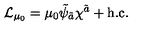
{ \cal L } _ { \mu _ { 0 } } = \mu _ { 0 } \tilde { \psi } _ { \tilde { a } } \chi ^ { \tilde { a } } + \mathrm { h . c . }